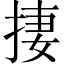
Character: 捿